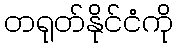
တရုတ်နိုင်ငံကို